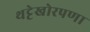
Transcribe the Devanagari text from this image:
थट्टेखोरपणा